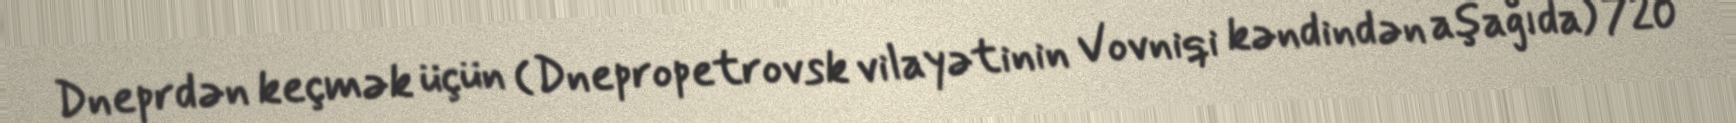
Dneprdən keçmək üçün (Dnepropetrovsk vilayətinin Vovniqi kəndindən aşağıda) 720